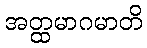
အတ္ထမာဂမာတိ